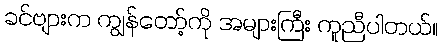
ခင်ဗျားက ကျွန်တော့်ကို အများကြီး ကူညီပါတယ်။